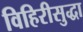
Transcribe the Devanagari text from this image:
विहिरीसुद्धा